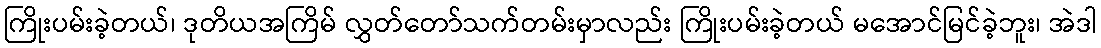
ကြိုးပမ်းခဲ့တယ်၊ ဒုတိယအကြိမ် လွှတ်တော်သက်တမ်းမှာလည်း ကြိုးပမ်းခဲ့တယ် မအောင်မြင်ခဲ့ဘူး၊ အဲဒါ